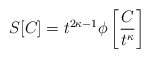
\begin{align*}S[C] = t^{2 \kappa -1}\phi \left[\frac{C}{t^{\kappa}} \right]\end{align*}